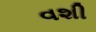
વશી